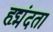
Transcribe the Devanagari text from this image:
हृद्मंदता